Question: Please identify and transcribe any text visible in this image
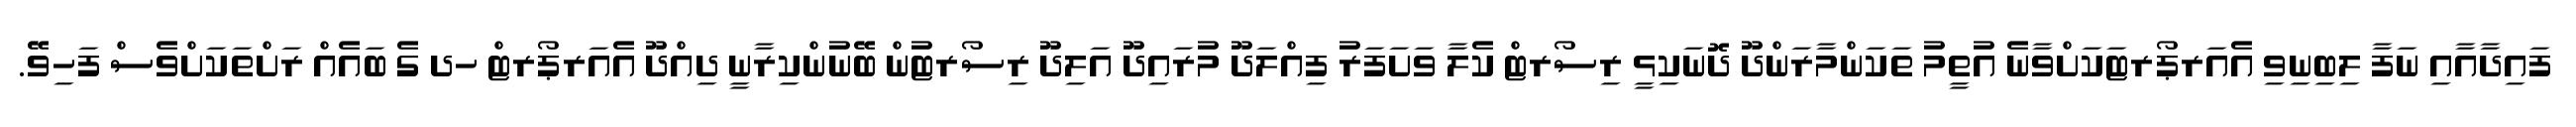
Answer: ފައިދާއާއި ނަފާ ލިބިނިވި އެއަރޕޯރޓަކަށްވާނެ އުތީމު ތަކަންމާރަންދޫ ދޮނަކިޅީ ރިސޯރޓް ކެލާ ވަށަފަރު ފިއްލަދޫ މުރައިދޫ އަލިދޫ ރިސޯރޓުން ބޭނުންކިރާނީ ދިއްދޫ އެއަރޕޯރޓް ހދ ގެ ބައެއް ރަށްތަކަށްވެސް ފަހިވޭ.